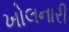
ખોલનારી